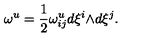
{ \omega } ^ { u } = \frac { 1 } { 2 } { \omega } _ { i j } ^ { u } d { \xi } ^ { i } { \wedge } d { \xi } ^ { j } .